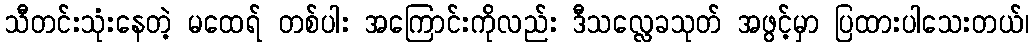
သီတင်းသုံးနေတဲ့ မထေရ် တစ်ပါး အကြောင်းကိုလည်း ဒီသလ္လေခသုတ် အဖွင့်မှာ ပြထားပါသေးတယ်၊